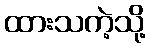
ထားသကဲ့သို့